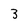
Character: 3